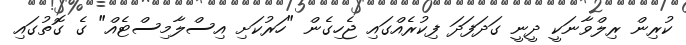
ކުރިން ރިލްވާނަކީ ދީނީ ގަދަފަދަ ފިކުރެއްގައި ޖެހިގެން "ހަރުކަށި އިސްލާމިސްޓެއް" ގެ ގޮތުގައި